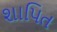
શાપિત